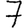
Digit: 7